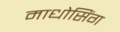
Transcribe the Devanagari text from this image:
माधोसिंग